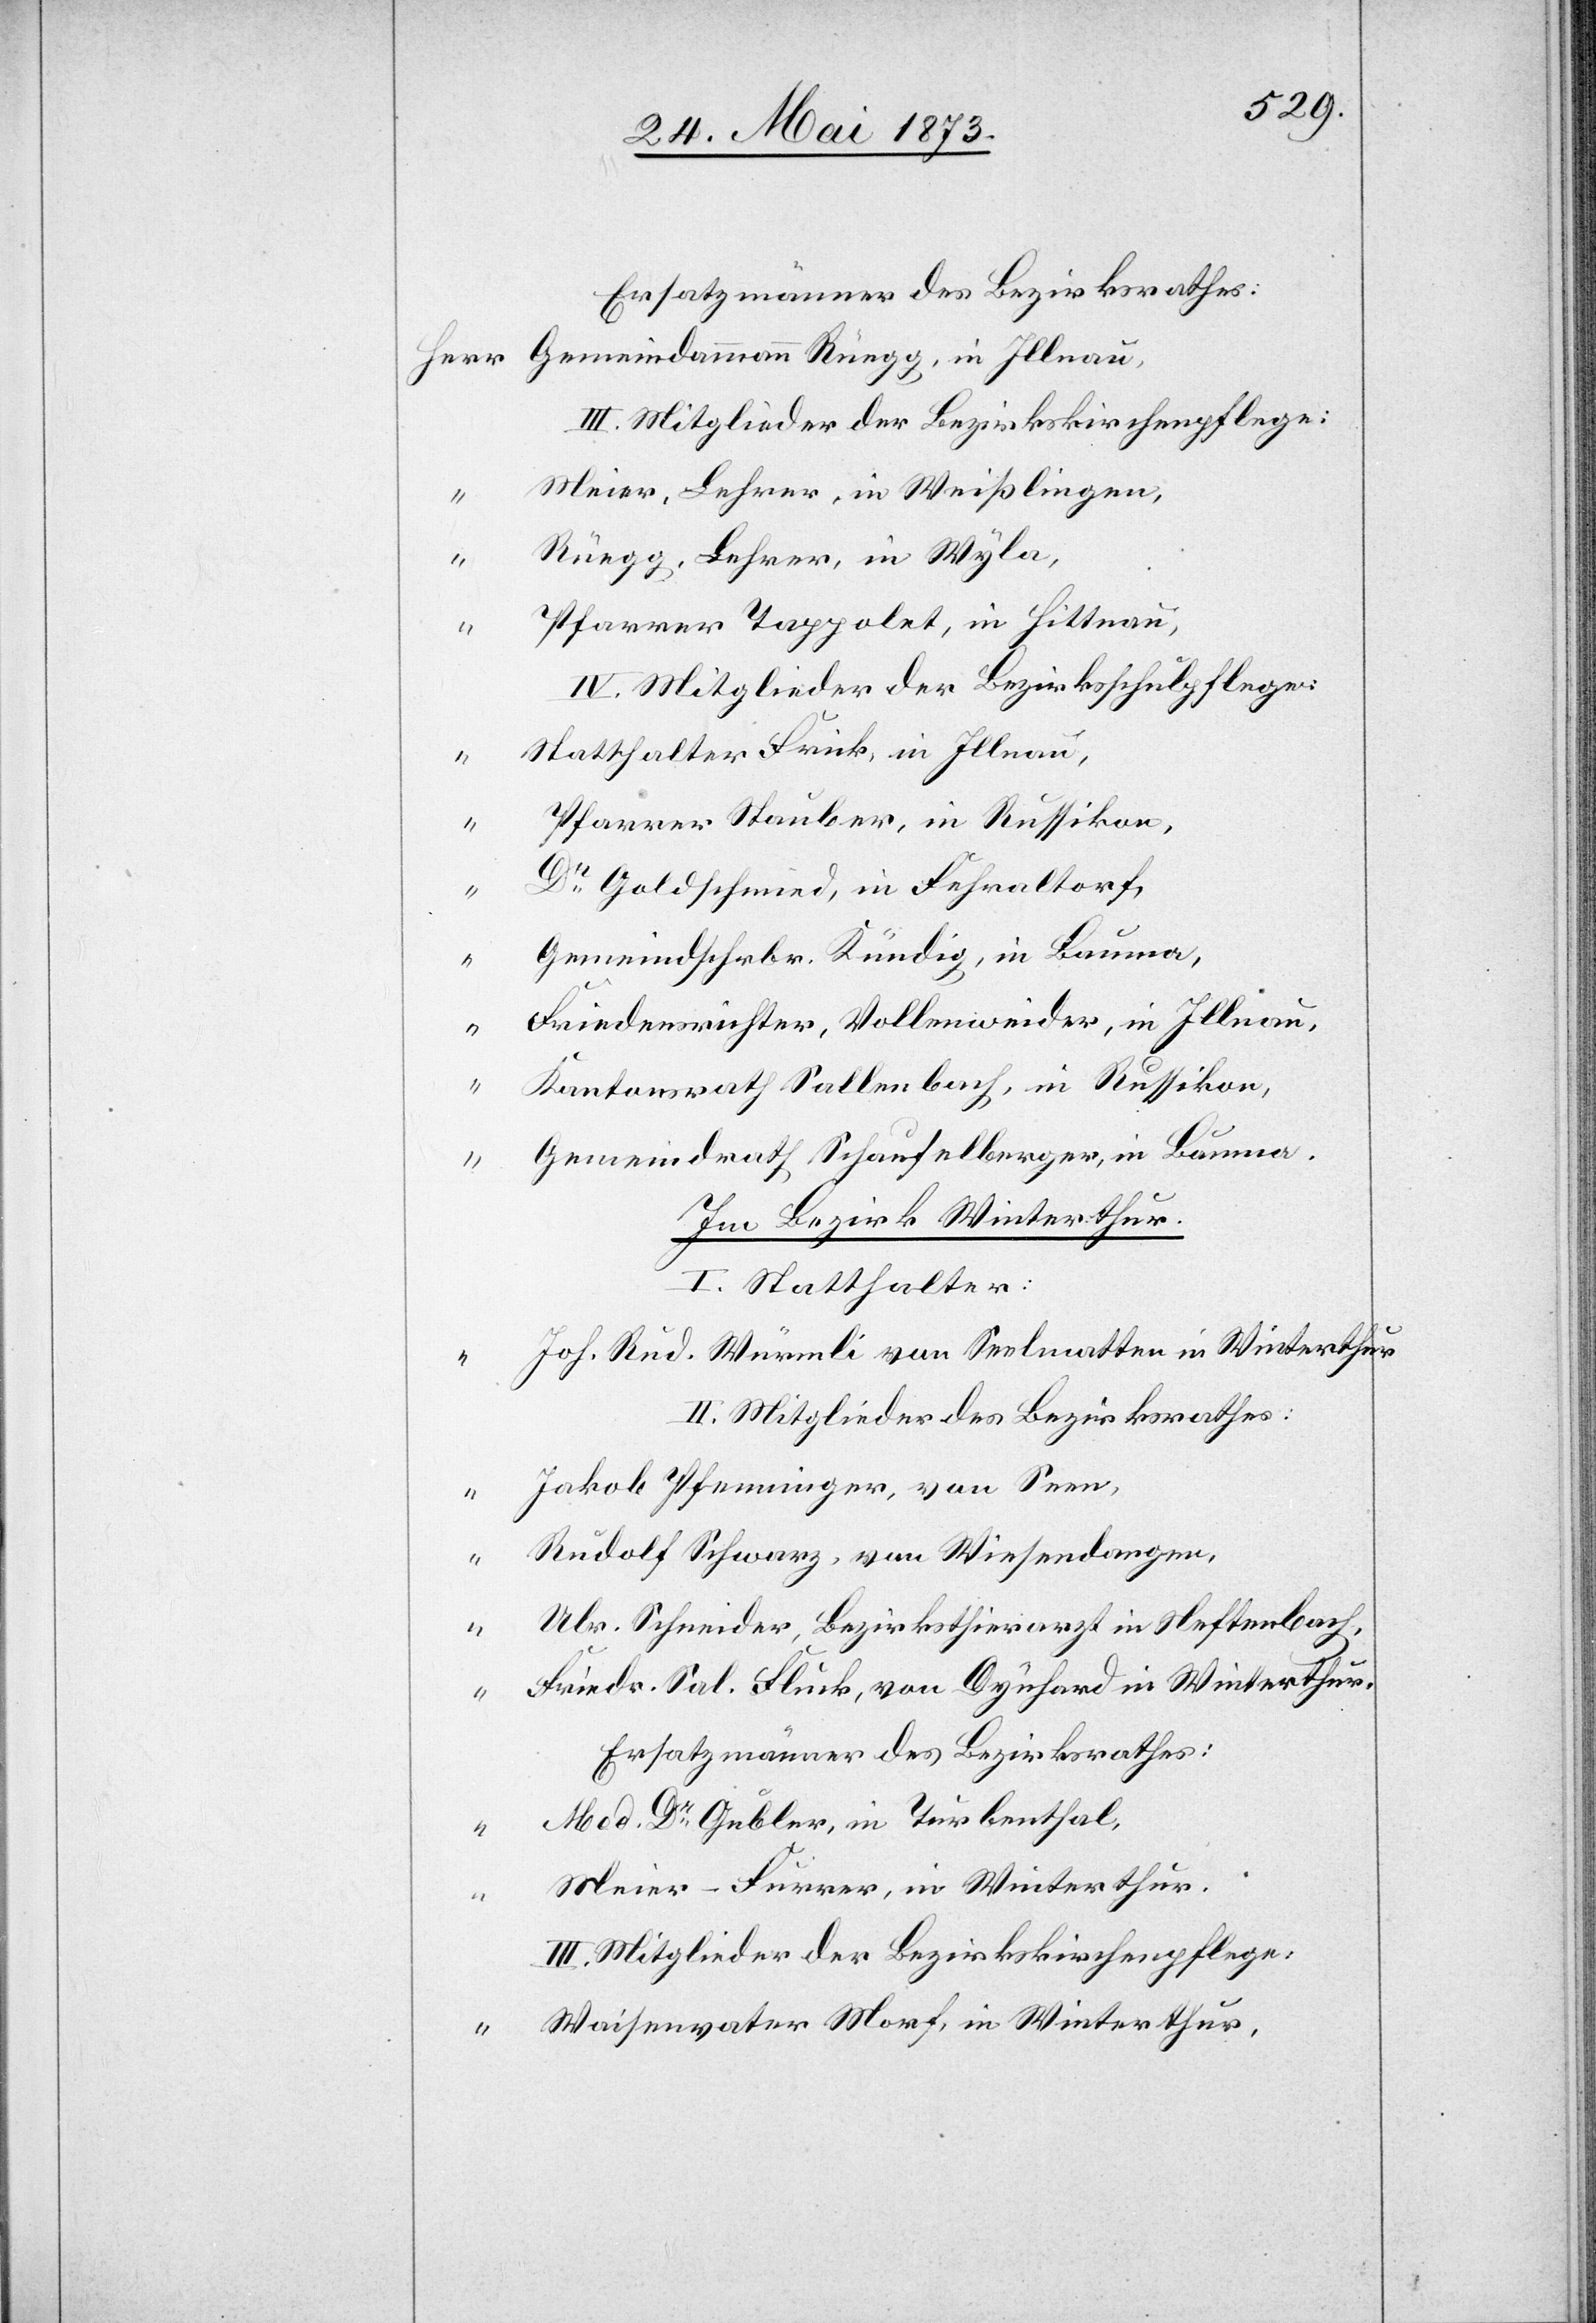
Ersatzmänner des Bezirksrathes:
Gemeindammann Rüegg, in Illnau,
III. Mitglieder der Bezirkskirchenpflege:
Meier, Lehrer, in Weißlingen,
Rüegg, Lehrer, in Wyla,
Pfarrer Tappolet, in Hittnau
IV. Mitglieder der Bezirksschulpflege:
Statthalter Frick, in Illnau,
Pfarrer Stauber, in Russikon,
Dr Goldschmied, in Fehraltorf,
Gemeindschrbr. Kündig, in Bauma,
Friedensrichter, Vollenweider, in Illnau,
“
Kantonsrath Sallenbach, in Russikon,
Gemeindrath Schaufelberger, in Bauma.
Im Bezirk Winterthur.
I. Statthalter:
Joh. Rud. Würmli von Seelmatten in Winterthur
II. Mitglieder des Bezirksrathes:
Jakob Pfenninger, von Seen,
Rudolf Schwarz, von Wiesendangen,
Ulr. Schneider, Bezirksthierarzt in Neftenbach,
Friedr. Sal. Fluck, von Dynhard in Winterthur.
Ersatzmänner des Bezirksrathes:
Med. Dr Gubler, in Turbenthal,
Meier-Furrer, in Winterthur.
Waisenvater Morf, in Winterthur,